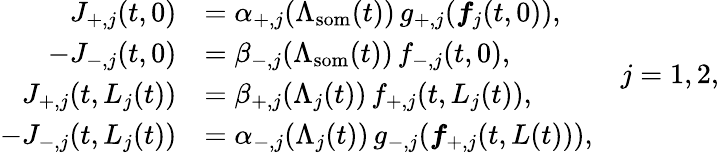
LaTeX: \begin{array}{rl}{J_{+,j}(t,0)}&{=\alpha_{+,j}(\Lambda_{\mathrm{som}}(t))\, g_{+,j}(\boldsymbol{f}_{j}(t,0)),}\\ {-J_{-,j}(t,0)}&{=\beta_{-,j}(\Lambda_{\mathrm{som}}(t))\, f_{-,j}(t,0),}\\ {J_{+,j}(t,L_{j}(t))}&{=\beta_{+,j}(\Lambda_{j}(t))\, f_{+,j}(t,L_{j}(t)),}\\ {-J_{-,j}(t,L_{j}(t))}&{=\alpha_{-,j}(\Lambda_{j}(t))\, g_{-,j}(\boldsymbol{f}_{+,j}(t,L(t))),}\end{array}\quad j=1,2,